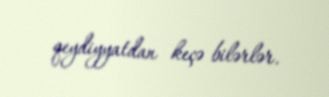
qeydiyyatdan keçə bilərlər.